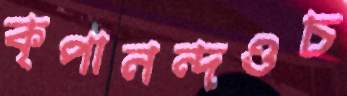
কৃপানন্দওচ